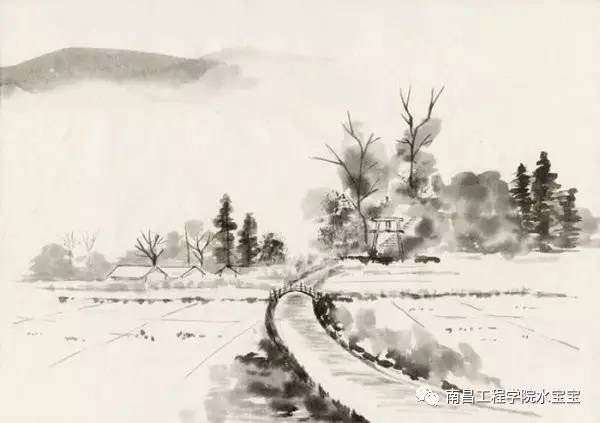
薄衾小枕凉天气，乍觉别离滋味。